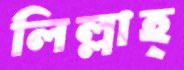
লিল্লাহ্